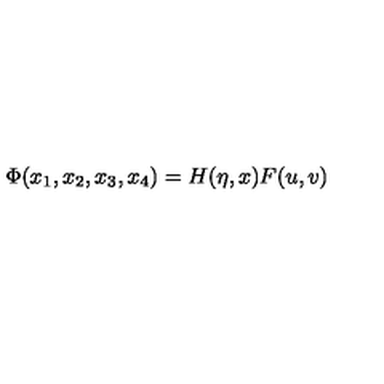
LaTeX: \Phi ( x _ { 1 } , x _ { 2 } , x _ { 3 } , x _ { 4 } ) = H ( \eta , x ) F ( u , v )